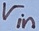
Text: Vin